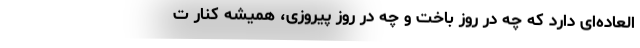
العاده‌ای دارد که چه در روز باخت و چه در روز پیروزی، همیشه کنار ت